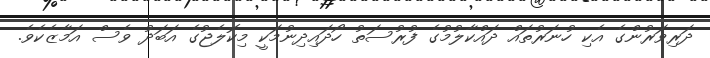
ދަރިވަރުންގެ އެކި ހުނަރުތައް ދައްކާލުމުގެ ފުރުސަތު ހޯދައިދިނުމަކީ މިކޮލެޖުގެ އަބަދު ވެސް އަމާޒެކެވެ.